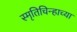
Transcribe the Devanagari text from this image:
स्मृतिचिन्हाच्या